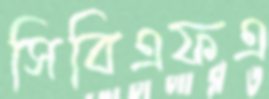
সিবিএফএ